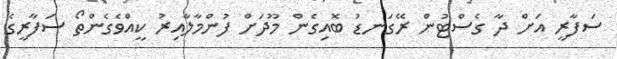
ސަފާރީ އަށް ދާ ގެސްޓުން ރޭގަނޑު ބޮއިގެން މޫދަށް ފުންމާލާއިރު ކީއްވެގެންތޯ ސަފާރީގެ